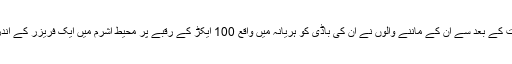
مہاراج کی موت کے بعد سے ان کے ماننے والوں نے ان کی باڈی کو ہریانہ میں واقع 100 ایکڑ کے رقبے پر محیط آشرم میں ایک فریزر کے اندر رکھا ہوا ہے۔